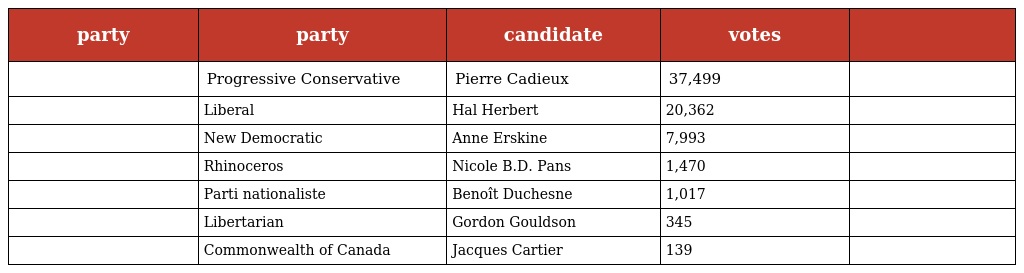
| party | party | candidate | votes |  |
 | --- | --- | --- | --- | --- |
 |  | Progressive Conservative | Pierre Cadieux | 37,499 |  |
 |  | Liberal | Hal Herbert | 20,362 |  |
 |  | New Democratic | Anne Erskine | 7,993 |  |
 |  | Rhinoceros | Nicole B.D. Pans | 1,470 |  |
 |  | Parti nationaliste | Benoît Duchesne | 1,017 |  |
 |  | Libertarian | Gordon Gouldson | 345 |  |
 |  | Commonwealth of Canada | Jacques Cartier | 139 |  |